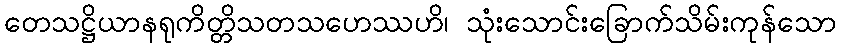
တေသဋ္ဌိယာနရုကိတ္တိသတသဟေဿဟိ၊ သုံးသောင်းခြောက်သိမ်းကုန်သော